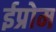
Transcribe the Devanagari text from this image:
ईप्रोम